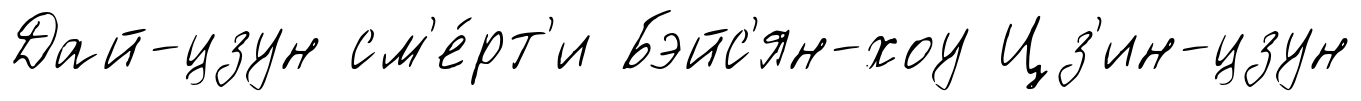
Дай-цзун см'е́рт'и Бэйс'ян-хоу Цз'ин-цзун